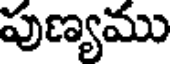
పుణ్యము